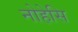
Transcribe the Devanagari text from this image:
नोहेसि